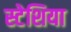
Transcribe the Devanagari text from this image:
स्टेशिया